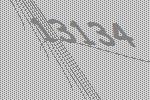
13134